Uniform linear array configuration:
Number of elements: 32
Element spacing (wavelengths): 0.75
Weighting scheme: binomial
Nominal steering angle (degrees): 45
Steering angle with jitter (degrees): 43.484
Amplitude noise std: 0.05
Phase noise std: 0.05

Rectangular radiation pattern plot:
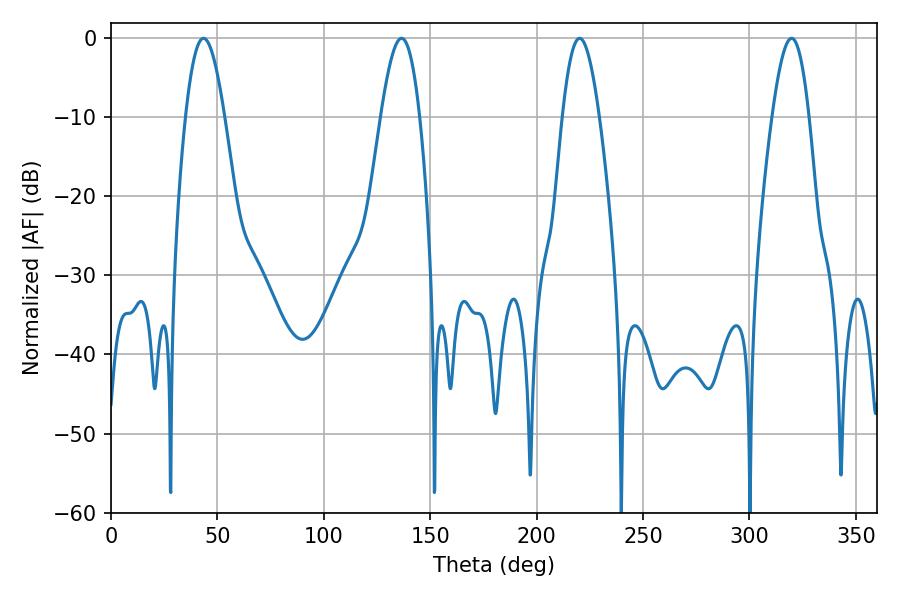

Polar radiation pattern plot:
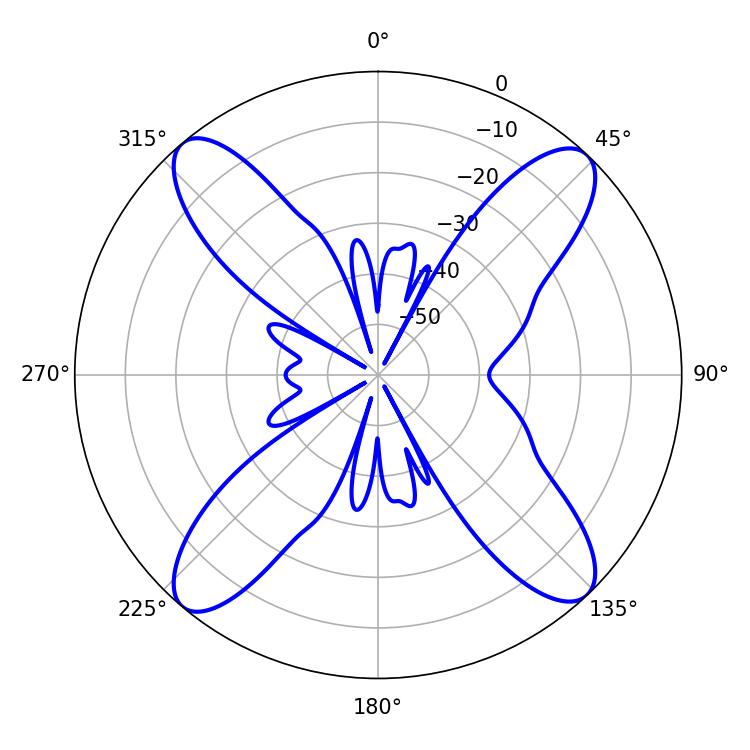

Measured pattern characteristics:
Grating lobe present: TRUE
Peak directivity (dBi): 18.194
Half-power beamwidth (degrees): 9.36
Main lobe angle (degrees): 220.14